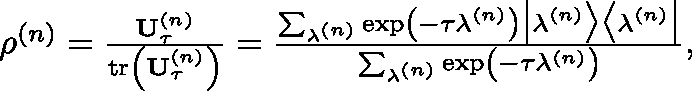
\begin{array} { r } { \mathbf { \rho } ^ { \left( n \right) } = \frac { \mathbf { U } _ { \tau } ^ { \left( n \right) } } { \operatorname { t r } \left( \mathbf { U } _ { \tau } ^ { \left( n \right) } \right) } = \frac { \sum _ { \lambda ^ { \left( n \right) } } \exp \left( - \tau \lambda ^ { \left( n \right) } \right) \big \vert \lambda ^ { \left( n \right) } \big \rangle \big \langle \lambda ^ { \left( n \right) } \big \vert } { \sum _ { \lambda ^ { \left( n \right) } } \exp \left( - \tau \lambda ^ { \left( n \right) } \right) } , } \end{array}